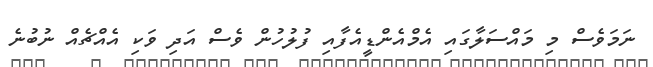
ނަމަވެސް މި މައްސަލާގައި އެމްއެންޑީއެފާއި ފުލުހުން ވެސް އަދި ވަކި އެއްޗެއް ނުބުނެ